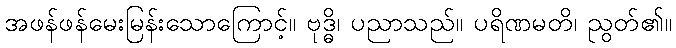
အဖန်ဖန်မေးမြန်းသောကြောင့်။ ဗုဒ္ဓိ၊ ပညာသည်။ ပရိဏမတိ၊ ညွတ်၏။